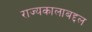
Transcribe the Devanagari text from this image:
राज्यकालाबद्दल